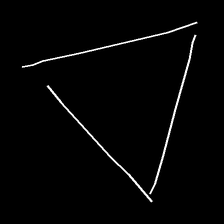
Glyph: convergence